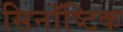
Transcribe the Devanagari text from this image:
सिनॉष्टिक